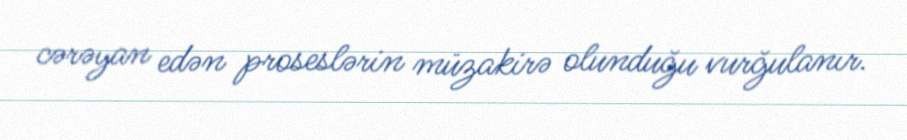
cərəyan edən proseslərin müzakirə olunduğu vurğulanır.